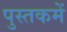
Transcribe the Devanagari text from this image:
पुस्‍तकमें